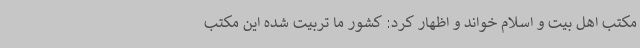
مکتب اهل بیت و اسلام خواند و اظهار کرد: کشور ما تربیت شده این مکتب